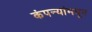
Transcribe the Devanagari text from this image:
कंपन्यांमधून